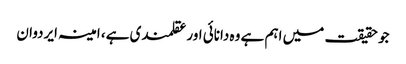
جو حقیقت میں اہم ہے وہ دانائی اور عقلمندی ہے، امینہ ایردوان